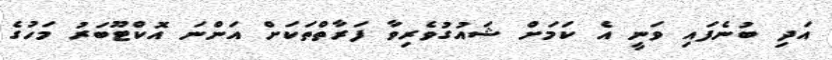
އަދި ބުނެފައި ވަނީ އެ ކަަމަށް ޝައުގުވެރިވާ ފަރާތްތަކަށް އަންނަ އޮކްޓޫބަރު މަހުގެ